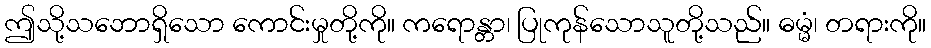
ဤသို့သဘောရှိသော ကောင်းမှုတို့ကို။ ကရောန္တာ၊ ပြုကုန်သောသူတို့သည်။ ဓမ္မံ၊ တရားကို။